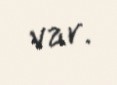
var.